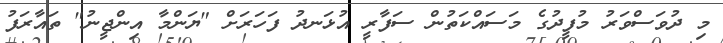
މި ދުވަސްވަރު މުފީދުގެ މަސައްކަތުން ސަފާރީ އުޅަނދު ފަހަރަށް "ޔަންމާ އިންޖީނު" ތައާރަފު